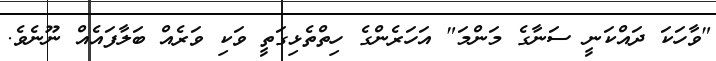
"ވާހަކަ ދައްކަނީ ސަނާގެ މަންމަ" އަހަރެންގެ ހިތްތެޅިގަތީ ވަކި ވަރެއް ބަލާފައެއް ނޫނެވެ.